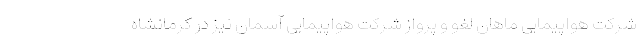
شرکت هواپیمایی ماهان لغو و پرواز شرکت هواپیمایی آسمان نیز در کرمانشاه